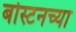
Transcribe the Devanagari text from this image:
बोस्टनच्या